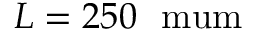
L = 2 5 0 ~ \mathrm { \ m u m }